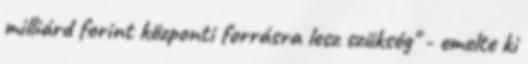
milliárd forint központi forrásra lesz szükség" - emelte ki